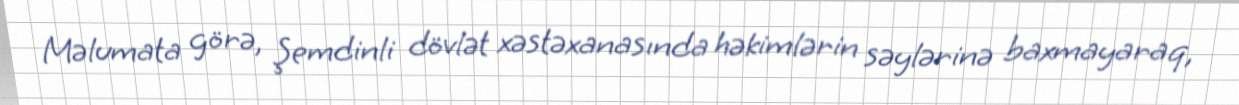
Məlumata görə, Şemdinli dövlət xəstəxanasında həkimlərin səylərinə baxmayaraq,